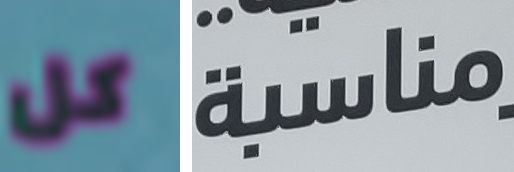
كل مناسبة